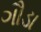
ગૌડા